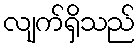
လျက်ရှိသည်